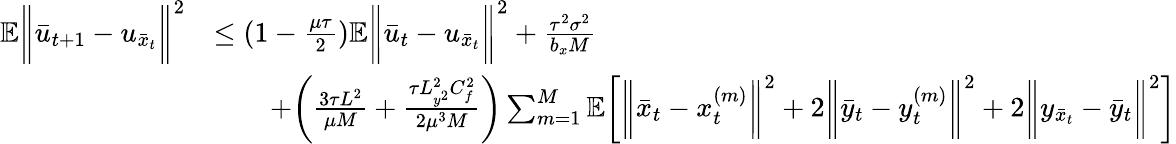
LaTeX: \begin{array}{rl}{\mathbb{E}\bigg\| \bar{u}_{t+1}-u_{\bar{x}_{t}}\bigg\| ^{2}}&{\leq(1-\frac{\mu\tau}{2})\mathbb{E}\bigg\| \bar{u}_{t}-u_{\bar{x}_{t}}\bigg\| ^{2}+\frac{\tau^{2}\sigma^{2}}{b_{x}M}}\\ &{\qquad+\bigg(\frac{3\tau L^{2}}{\mu M}+\frac{\tau L_{y^{2}}^{2}C_{f}^{2}}{2\mu^{3}M}\bigg)\sum_{m=1}^{M}\mathbb{E}\bigg[\bigg\| \bar{x}_{t}-x_{t}^{(m)}\bigg\| ^{2}+2\bigg\| \bar{y}_{t}-y_{t}^{(m)}\bigg\| ^{2}+2\bigg\| y_{\bar{x}_{t}}-\bar{y}_{t}\bigg\| ^{2}\bigg]}\end{array}